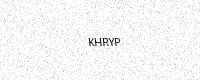
Text: KHRYP